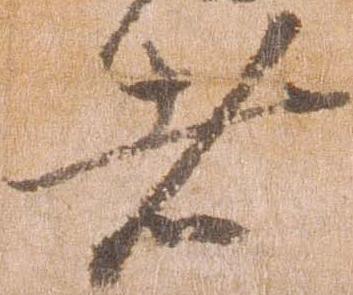
者